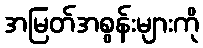
အမြတ်အစွန်းများကို